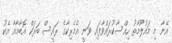
އޭނާ މި މައުލޫމާތު ހިއްސާކުރައްވާފައި ވަނީ އެމެރިކާގެ ރައީސް ބަރަކް އޮބާމާއާ އެކު